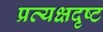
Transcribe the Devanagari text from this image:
प्रत्यक्षदृष्ट